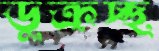
ডুক্‌রচ্ছ